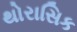
થોરાસિક